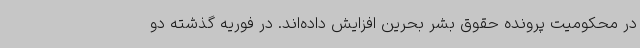
در محکومیت پرونده حقوق بشر بحرین افزایش داده‌اند. در فوریه گذشته دو